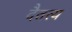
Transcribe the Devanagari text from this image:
दैतत्य